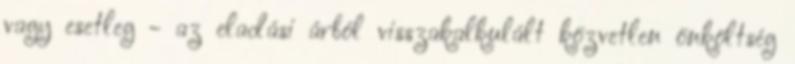
vagy esetleg - az eladási árból visszakalkulált közvetlen önköltség